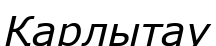
Қарлытау